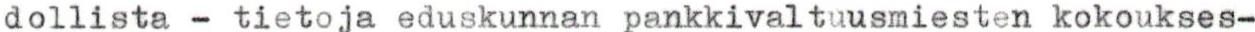
dollista - tietoja eduskunnan pankkivaltuusmiesten kokoukses-